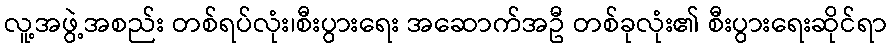
လူ့အဖွဲ့အစည်း တစ်ရပ်လုံး၊စီးပွားရေး အဆောက်အဦ တစ်ခုလုံး၏ စီးပွားရေးဆိုင်ရာ